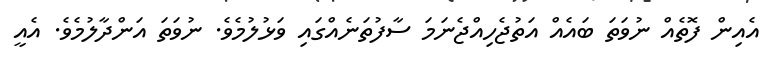
އެއިން ފޮތެއް ނުވަތަ ބައެއް އަތުޖެހިއްޖެނަމަ ސާފުތަނެއްގައި ވަޅުލުމެވެ. ނުވަތަ އަންދާލުމެވެ. އެއީ